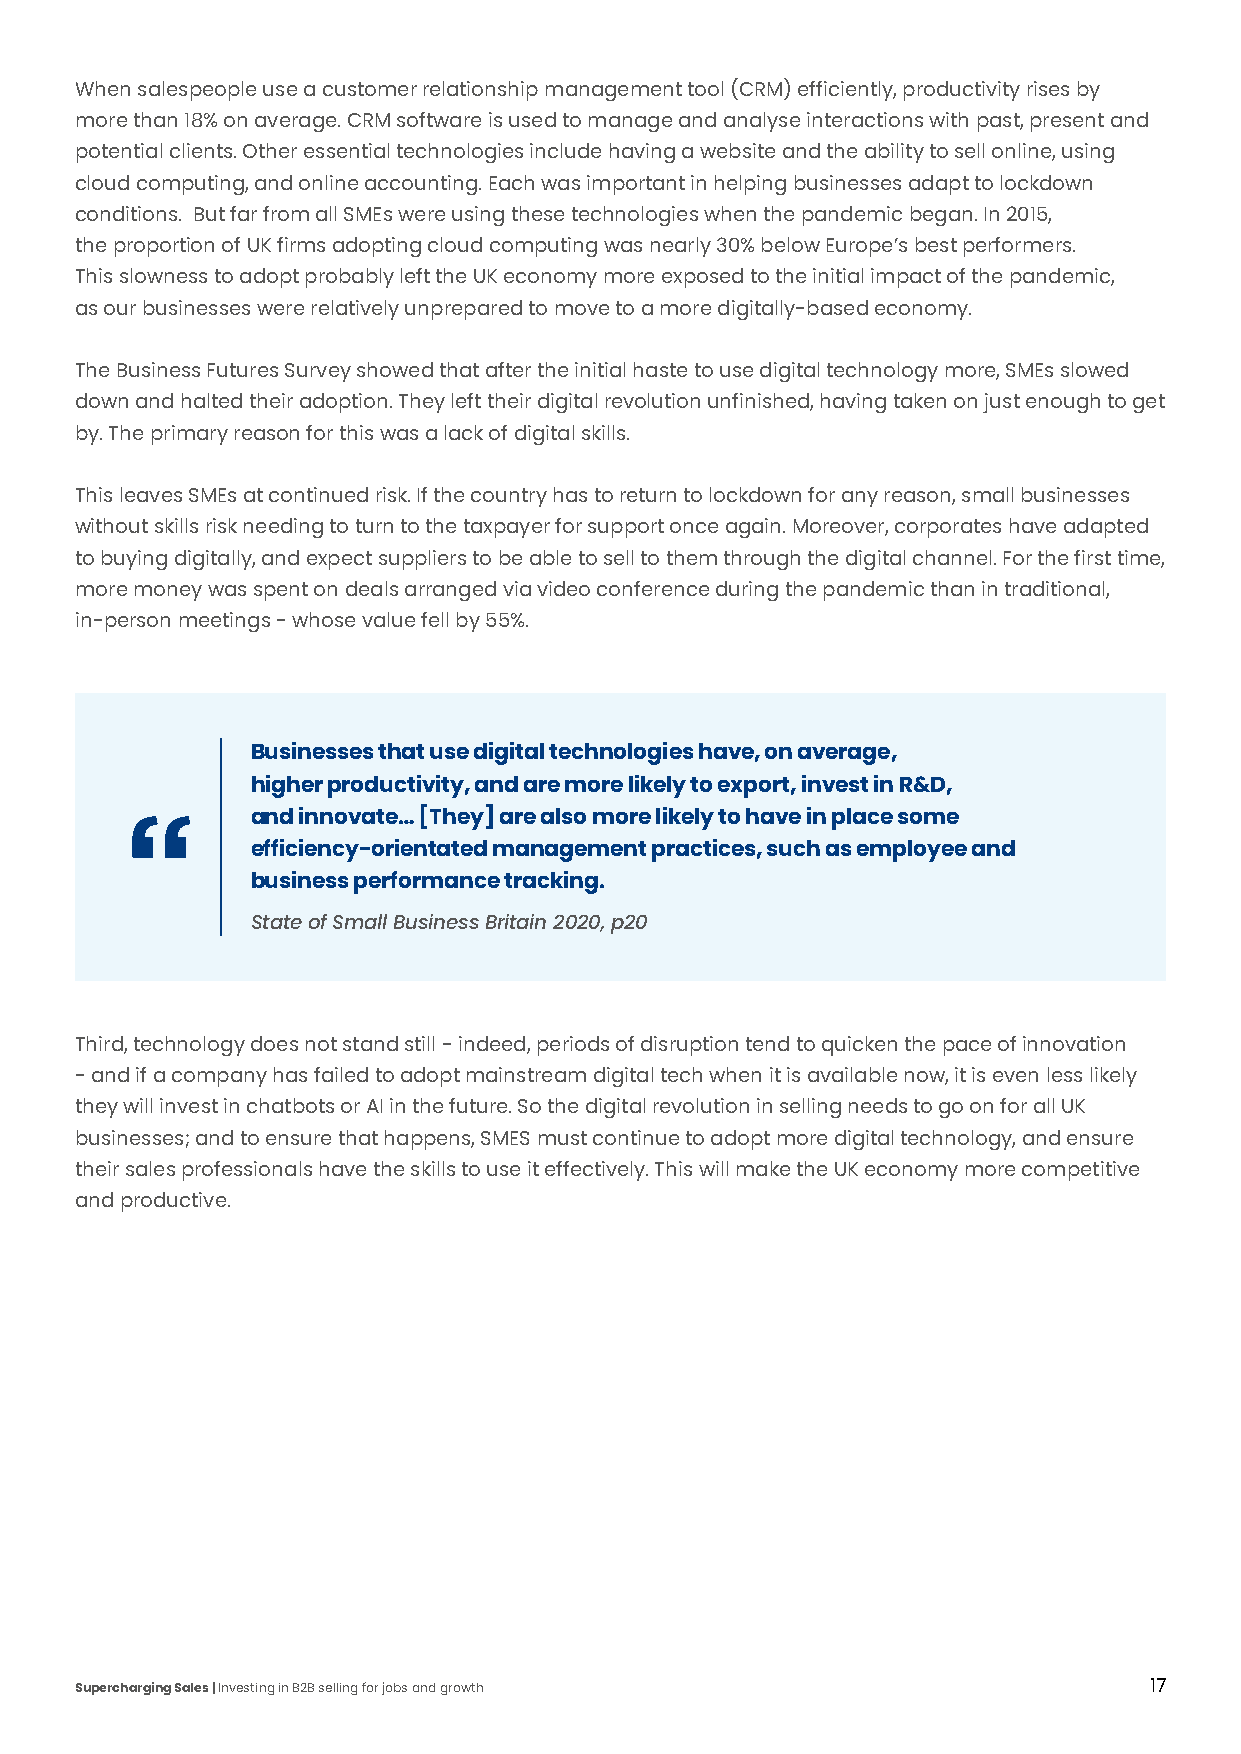
When salespeople use a customer relationship management tool (CRM) efficiently, productivity rises by
 more than 18% on average. CRM software is used to manage and analyse interactions with past, present and
 potential clients. Other essential technologies include having a website and the ability to sell online, using
 cloud computing, and online accounting. Each was important in helping businesses adapt to lockdown
 conditions. But far from all SMEs were using these technologies when the pandemic began. In 2015,
 the proportion of UK firms adopting cloud computing was nearly 30% below Europe’s best performers.
 This slowness to adopt probably left the UK economy more exposed to the initial impact of the pandemic,
 as our businesses were relatively unprepared to move to a more digitally-based economy.
 The Business Futures Survey showed that after the initial haste to use digital technology more, SMEs slowed
 down and halted their adoption. They left their digital revolution unfinished, having taken on just enough to get
 by. The primary reason for this was a lack of digital skills.
 This leaves SMEs at continued risk. If the country has to return to lockdown for any reason, small businesses
 without skills risk needing to turn to the taxpayer for support once again. Moreover, corporates have adapted
 to buying digitally, and expect suppliers to be able to sell to them through the digital channel. For the first time,
 more money was spent on deals arranged via video conference during the pandemic than in traditional,
 in-person meetings - whose value fell by 55%.
 Businesses that use digital technologies have, on average,
 higher productivity, and are more likely to export, invest in R&D,
 and innovate… [They] are also more likely to have in place some
 efficiency-orientated management practices, such as employee and
 business performance tracking.
 State of Small Business Britain 2020, p20
 Third, technology does not stand still - indeed, periods of disruption tend to quicken the pace of innovation
 - and if a company has failed to adopt mainstream digital tech when it is available now, it is even less likely
 they will invest in chatbots or AI in the future. So the digital revolution in selling needs to go on for all UK
 businesses; and to ensure that happens, SMES must continue to adopt more digital technology, and ensure
 their sales professionals have the skills to use it effectively. This will make the UK economy more competitive
 and productive.
 Supercharging Sales | Investing in B2B selling for jobs and growth     17